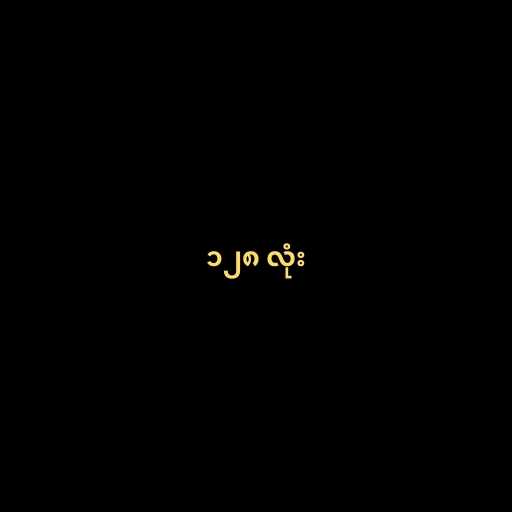
၁၂၈ လုံး